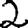
Digit: 2